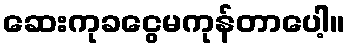
ဆေးကုခငွေမကုန်တာပေါ့။